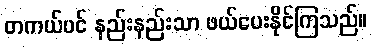
တကယ်ပင် နည်းနည်းသာ ဖယ်ပေးနိုင်ကြသည်။